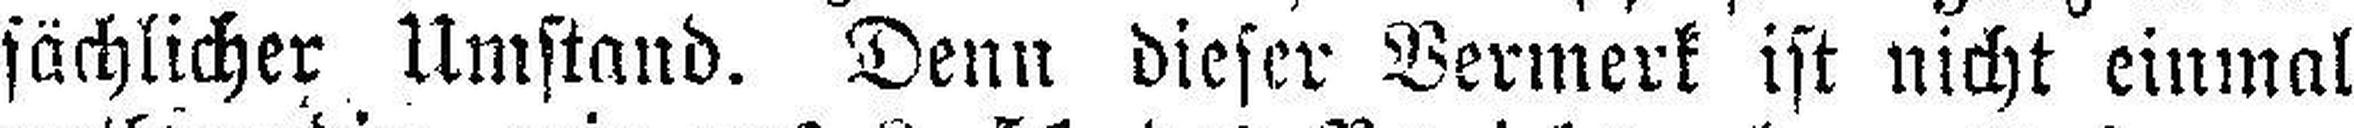
sächlicher Umstand. Denn dieser Vermerk ist nicht einmal